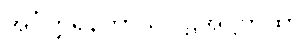
အင်္ဂတ္တရနိကာယပါဠိအဋ္ဌကထာ